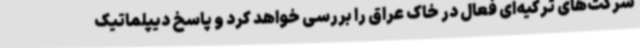
شرکت‌های ترکیه‌ای فعال در خاک عراق را بررسی خواهد کرد و پاسخ دیپلماتیک